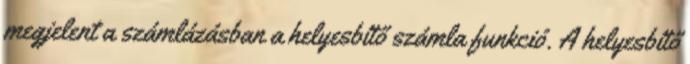
megjelent a számlázásban a helyesbítő számla funkció. A helyesbítő